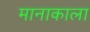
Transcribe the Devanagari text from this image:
मानाकाला